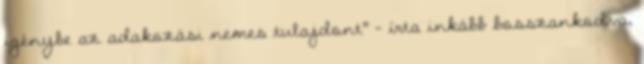
igénybe az adakozási nemes tulajdont” – írta inkább bosszankodva,